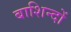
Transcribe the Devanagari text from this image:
बाशिन्दों